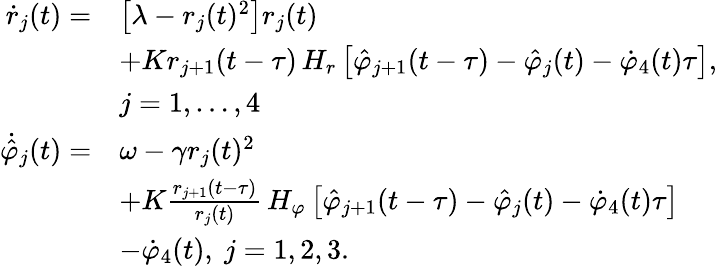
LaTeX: \begin{array}{rl}{\dot{r}_{j}(t)=}&{\left[\lambda-r_{j}(t)^{2}\right]r_{j}(t)}\\ &{+Kr_{j+1}(t-\tau)\, H_{r}\left[\hat{\varphi}_{j+1}(t-\tau)-\hat{\varphi}_{j}(t)-\dot{\varphi}_{4}(t)\tau\right],}\\ &{j=1,\dots,4}\\ {\dot{\hat{\varphi}}_{j}(t)=}&{\omega-\gamma r_{j}(t)^{2}}\\ &{+K\frac{r_{j+1}(t-\tau)}{r_{j}(t)}\, H_{\varphi}\left[\hat{\varphi}_{j+1}(t-\tau)-\hat{\varphi}_{j}(t)-\dot{\varphi}_{4}(t)\tau\right]}\\ &{-\dot{\varphi}_{4}(t),~j=1,2,3.}\end{array}